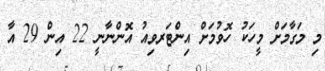
މި މަގާމަށް މީހަކު ހޮވުމަށް އިންޓަރވިއު އޮންނާނީ 22 އިން 29 އާ